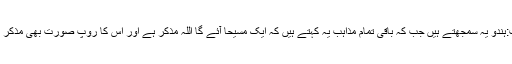
جواب:ہندو یہ سمجھتے ہیں جب کہ باقی تمام مذاہب یہ کہتے ہیں کہ ایک مسیحا آئے گا اللہ مذکر ہے اور اس کا روپ صورت بھی مذکر ہو گا۔